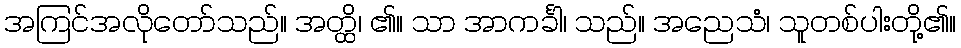
အကြင်အလိုတော်သည်။ အတ္ထိ၊ ၏။ သာ အာကင်္ခါ၊ သည်။ အညေသံ၊ သူတစ်ပါးတို့၏။